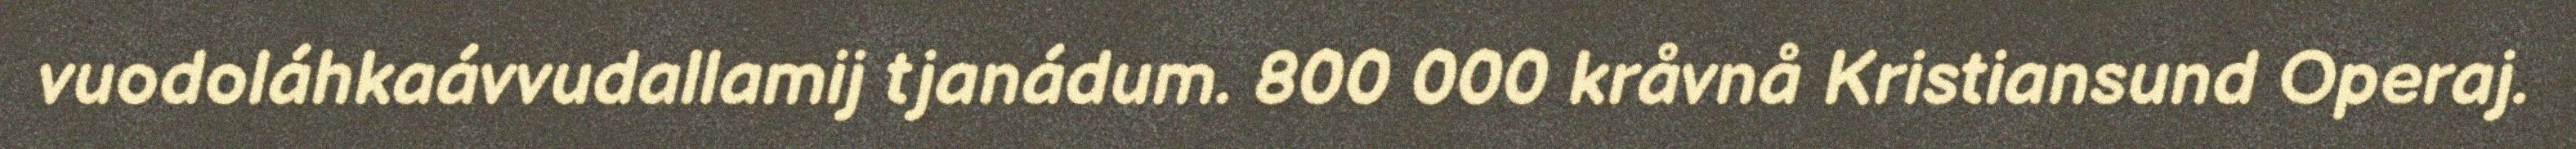
vuodoláhkaávvudallamij tjanádum. 800 000 kråvnå Kristiansund Operaj.